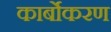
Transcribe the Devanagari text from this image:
कार्बोकरण